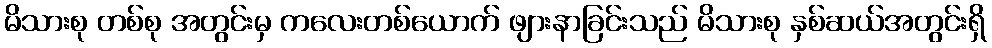
မိသားစု တစ်စု အတွင်းမှ ကလေးတစ်ယောက် ဖျားနာခြင်းသည် မိသားစု နှစ်ဆယ်အတွင်းရှိ